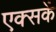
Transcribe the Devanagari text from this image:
एक्सकें